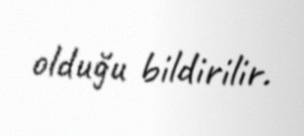
olduğu bildirilir.